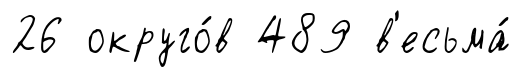
26 округо́в 489 в'есьма́